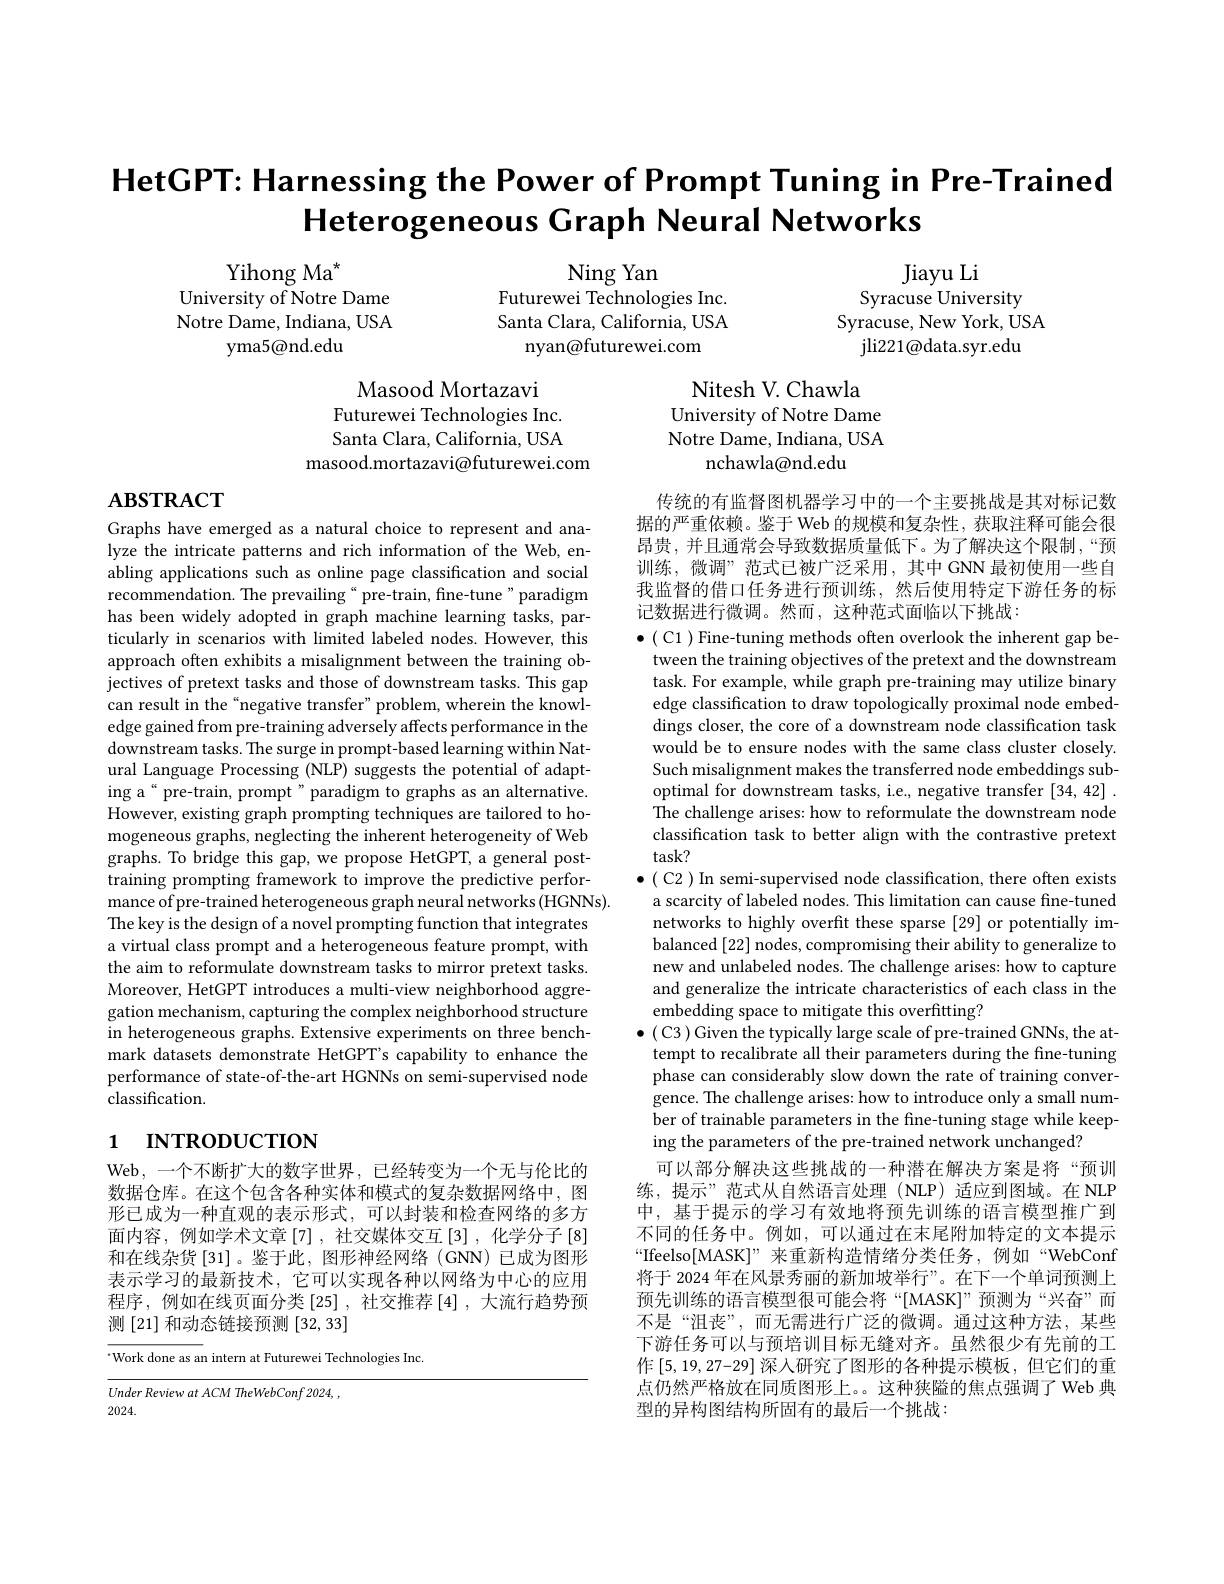
# $\textbf{HetCPT: Harnessing the Power of Prompt Tuning in Pre- Trained}$ Heterogeneous Graph Neural Networks

Ning Yan
Futurewei Technologies Inc. Santa Clara, California, USA
nyan@futurewei.com

Yihong Ma$^{*}$
University of Notre Dame Notre Dame, Indiana, USA
yma5@nd.edu

Jiayu Li
Syracuse University
Syracuse, New York, USA
${\mathrm{jli221@data.syr.edu}}$

Nitesh V. Chawla
University of Notre Dame Notre Dame, Indiana, USA
nchawla@nd.edu

Masood Mortazavi
Futurewei Technologies Inc. Santa Clara, California, USA
masood.mortazavi@futurewei.com

# $\mathbf{ABSTRACT}$

传统的有监督图机器学习中的一个主要挑战是其对标记数据的严重依赖。鉴于 Web 的规模和复杂性，获取注释可能会很昂贵，并且通常会导致数据质量低下。为了解决这个限制，“预训练，微调”范式已被广泛采用，其中 GNN 最初使用一些自我监督的借口任务进行预训练，然后使用特定下游任务的标记数据进行微调。然而，这种范式面临以下挑战：

Graphs have emerged as a natural choice to represent and analyze the intricate patterns and rich information of the Web, enabling applications such as online page classification and social recommendation. The prevailing“ pre-train, fine-tune” paradigm has been widely adopted in graph machine learning tasks, particularly in scenarios with limited labeled nodes. However, this approach often exhibits a misalignment between the training objectives of pretext tasks and those of downstream tasks. This gap can result in the“negative transfer”problem, wherein the knowledge gained from pre-training adversely affects performance in the downstream tasks. The surge in prompt-based learning within Natural Language Processing (NLP) suggests the potential of adapting a“pre-train, prompt”paradigm to graphs as an alternative. However, existing graph prompting techniques are tailored to homogeneous graphs, neglecting the inherent heterogeneity of Web graphs. To bridge this gap, we propose HetGPT, a general posttraining prompting framework to improve the predictive performance of pre-trained heterogeneous graph neural networks (HGNNs).
The key is the design of a novel prompting function that integrates a virtual class prompt and a heterogeneous feature prompt, with the aim to reformulate downstream tasks to mirror pretext tasks. Moreover, HetGPT introduces a multi-view neighborhood aggregation mechanism, capturing the complex neighborhood structure in heterogeneous graphs. Extensive experiments on three benchmark datasets demonstrate HetGPT's capability to enhance the performance of state-of-the-art HGNNs on semi-supervised node classification.

$\bullet($ C1 ) Fine-tuning methods often overlook the inherent gap between the training objectives of the pretext and the downstream task. For example, while graph pre-training may utilize binary edge classification to draw topologically proximal node embeddings closer, the core of a downstream node classification task would be to ensure nodes with the same class cluster closely. Such misalignment makes the transferred node embeddings suboptimal for downstream tasks, i.e., negative transfer [34, 42] . The challenge arises: how to reformulate the downstream node classification task to better align with the contrastive pretext task?
$\bullet($ C2 ) In semi-supervised node classification, there often exists
a scarcity of labeled nodes. This limitation can cause fine-tuned networks to highly overfit these sparse [29] or potentially imbalanced [22] nodes, compromising their ability to generalize to new and unlabeled nodes. The challenge arises: how to capture and generalize the intricate characteristics of each class in the embedding space to mitigate this overfitting?
$\bullet($ C3 ) Given the typically large scale of pre-trained GNNs, the attempt to recalibrate all their parameters during the fine-tuning phase can considerably slow down the rate of training convergence. The challenge arises: how to introduce only a small number of trainable parameters in the fine-tuning stage while keeping the parameters of the pre-trained network unchanged?
可以部分解决这些挑战的一种潜在解决方案是将“预训练，提示”范式从自然语言处理(NLP)适应到图域。在NLP 中，基于提示的学习有效地将预先训练的语言模型推广到不同的任务中。例如，可以通过在末尾附加特定的文本提示“Ifeelso[MASK]” 来重新构造情绪分类任务，例如“WebConf 将于 2024 年在风景秀丽的新加坡举行”。在下一个单词预测上预先训练的语言模型很可能会将“[MASK]”预测为“兴奋”而不是“沮丧”,而无需进行广泛的微调。通过这种方法，某些下游任务可以与预培训目标无缝对齐。虽然很少有先前的工作$\left[5,19,27-29\right]$深人研究了图形的各种提示模板，但它们的重点仍然严格放在同质图形上。。这种狭隘的焦点强调了 Web 典型的异构图结构所固有的最后一个挑战：

# 1 INTRODUCTION

Web ,一个不断扩大的数字世界，已经转变为一个无与伦比的数据仓库。在这个包含各种实体和模式的复杂数据网络中，图形已成为一种直观的表示形式，可以封装和检查网络的多方面内容，例如学术文章[7],社交媒体交互[3],化学分子[8] 和在线杂货[31]。鉴于此，图形神经网络(GNN)已成为图形表示学习的最新技术，它可以实现各种以网络为中心的应用程序，例如在线页面分类[25],社交推荐[4],大流行趋势预测[21] 和动态链接预测[32,33]

Work done as an intern at Futurewei Technologies Inc.

${\overline{Under\:Review\:at\:ACM\:TheWebConf\:2024,}}$
2024.